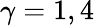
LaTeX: \gamma=1,4